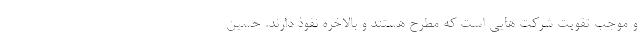
و موجب تقویت شرکت هایی است که مطرح هستند و بالاخره نفوذ دارند. حسین